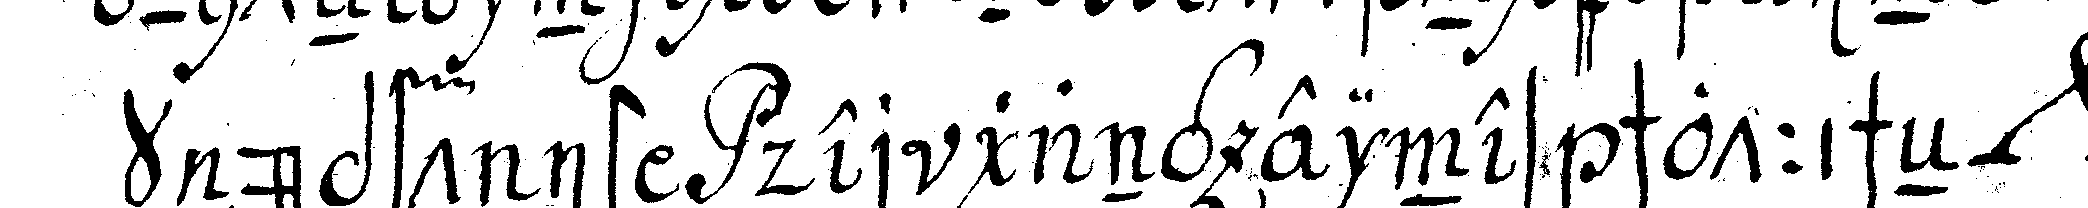
knüpft ist der gang eines schottischeN *nee*